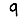
Digit: 9